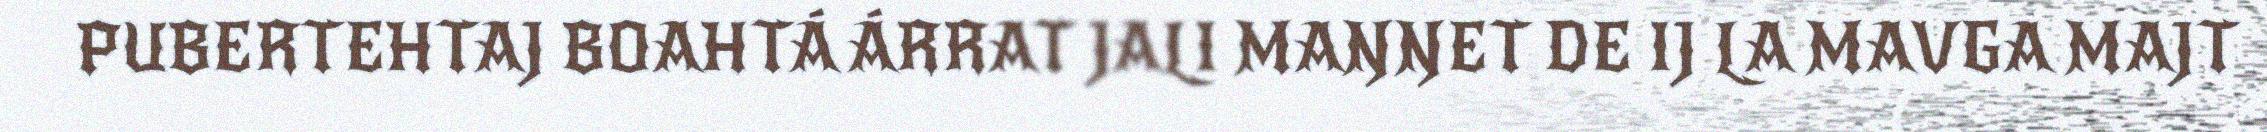
PUBERTEHTAJ BOAHTÁ ÁRRAT JALI MAŊŊET DE IJ LA MAVGA MAJT